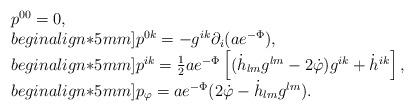
LaTeX: \begin{align*}\begin{array}{l}p^{00}=0,\\begin{align*}5mm]p^{0k}=-g^{ik}\partial_i (ae^{-\Phi}),\\begin{align*}5mm]p^{ik}=\frac{1}{2} ae^{-\Phi}\left[(\dot{h}_{lm}g^{lm}-2\dot{\varphi})g^{ik}+\dot{h}^{ik} \right],\\begin{align*}5mm]p_{\varphi} =ae^{-\Phi}(2\dot{\varphi}-\dot{h}_{lm}g^{lm}).\end{array}\end{align*}